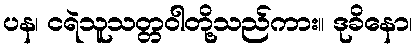
ပန၊ ငရဲသူသတ္တဝါတို့သည်ကား။ ဒုခိနော၊